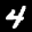
Label: 4